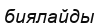
биялайды